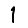
Digit: 1